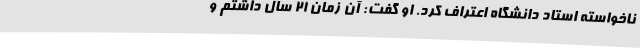
ناخواسته استاد دانشگاه اعتراف کرد. او گفت: آن زمان ۲۱ سال داشتم و